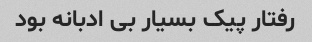
رفتار پیک بسیار بی ادبانه بود